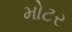
મોટર